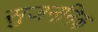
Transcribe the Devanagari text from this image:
सुजननिक